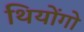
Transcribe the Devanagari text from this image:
थियोंगो